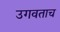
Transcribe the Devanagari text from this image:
उगवताच